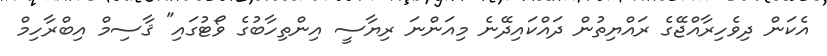
އެކަން ދިވެހިރާއްޖޭގެ ރައްޔިތުން ދައްކައިދޭނެ މިއަންނަ ރިޔާސީ އިންތިހާބުގެ ވޯޓުގައި" ޤާސިމް އިބްރާހިމް